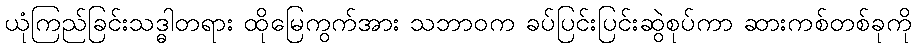
ယုံကြည်ခြင်းသဒ္ဓါတရား ထိုမြေကွက်အား သဘာဝက ခပ်ပြင်းပြင်းဆွဲစုပ်ကာ ဆားကစ်တစ်ခုကို